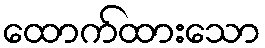
ထောက်ထားသော